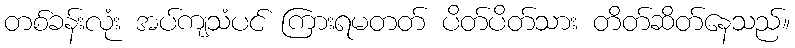
တစ်ခန်းလုံး အပ်ကျသံပင် ကြားရမတတ် ပိတ်ပိတ်သား တိတ်ဆိတ်နေသည်။